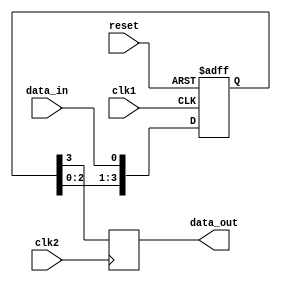
module four_flop_synchronizer (
    input wire clk1,  // Clock signal for domain 1
    input wire clk2,  // Clock signal for domain 2
    input wire reset, // Asynchronous reset signal
    input wire data_in, // Data input signal from domain 1

    output reg data_out // Synchronized data output signal to domain 2
);

reg [3:0] synchronized_data;

always @(posedge clk1 or posedge reset) begin
    if (reset) begin
        synchronized_data <= 4'b0; // Reset the synchronized data
    end else begin
        synchronized_data <= {synchronized_data[2:0], data_in}; // Shift in new data
    end
end

always @(posedge clk2) begin
    data_out <= synchronized_data[3]; // Output synchronized data on domain 2 clock edge
end

endmodule